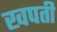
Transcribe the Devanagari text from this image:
खपती